Vaccination in Bombay 1856-1862 - 1856-1862
Year: 1856
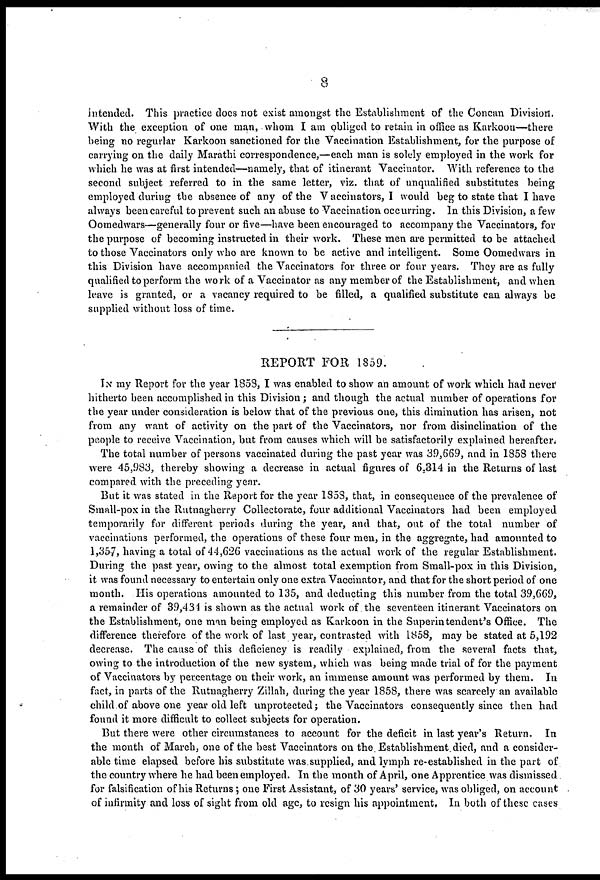
8
intended. This practice does not exist amongst the Establishment of the Concan Division.
With the exception of one man, whom I am obliged to retain in office as Karkoon—there
being no regurlar Karkoon sanctioned for the Vaccination Establishment, for the purpose of
carrying on the daily Marathi correspondence,—each man is solely employed in the work for
which he was at first intended—namely, that of itinerant Vaccinator. With reference to the
second subject referred to in the same letter, viz. that of unqualified substitutes being
employed during the absence of any of the Vaccinators, I would beg to state that I have
always been careful to prevent such an abuse to Vaccination occurring. In this Division, a few
Oomedwars—generally four or five—have been encouraged to accompany the Vaccinators, for
the purpose of becoming instructed in their work. These men are permitted to be attached
to those Vaccinators only who are known to be active and intelligent. Some Oomedwars in
this Division have accompanied the Vaccinators for three or four years. They are as fully
qualified to perform the work of a Vaccinator as any member of the Establishment, and when
leave is granted, or a vacancy required to be filled, a qualified substitute can always be
supplied without loss of time.
REPORT FOR 1859.
IN my Report for the year 1858, I was enabled to show an amount of work which had never
hitherto been accomplished in this Division; and though the actual number of operations for
the year under consideration is below that of the previous one, this diminution has arisen, not
from any want of activity on the part of the Vaccinators, nor from disinclination of the
people to receive Vaccination, but from causes which will be satisfactorily explained hereafter.
The total number of persons vaccinated during the past year was 39,669, and in 1858 there
were 45,983, thereby showing a decrease in actual figures of 6,314 in the Returns of last
compared with the preceding year.
But it was stated in the Report for the year 1858, that, in consequence of the prevalence of
Small-pox in the Rutnagherry Collectorate, four additional Vaccinators had been employed
temporarily for different periods during the year, and that, out of the total number of
vaccinations performed, the operations of these four men, in the aggregate, had amounted to
1,357, having a total of 44,626 vaccinations as the actual work of the regular Establishment.
During the past year, owing to the almost total exemption from Small-pox in this Division,
it was found necessary to entertain only one extra Vaccinator, and that for the short period of one
month. His operations amounted to 135, and deducting this number from the total 39,669,
a remainder of 39,434 is shown as the actual work of the seventeen itinerant Vaccinators on
the Establishment, one man being employed as Karkoon in the Superintendent's Office. The
difference therefore of the work of last year, contrasted with 1858, may be stated at 5,192
decrease. The cause of this deficiency is readily explained, from the several facts that,
owing to the introduction of the new system, which was being made trial of for the payment
of Vaccinators by percentage on their work, an immense amount was performed by them. In
fact, in parts of the Rutnagherry Zillah, during the year 1858, there was scarcely an available
child of above one year old left unprotected; the Vaccinators consequently since then had
found it more difficult to collect subjects for operation.
But there were other circumstances to account for the deficit in last year's Return. In
the month of March, one of the best Vaccinators on the. Establishment, died, and a consider-
able time elapsed before his substitute was supplied, and lymph re-established in the part of
the country where he had been employed. In the month of April, one Apprentice was dismissed
for falsification of his Returns ; one First Assistant, of 30 years' service, was obliged, on account
of infirmity and loss of sight from old age, to resign his appointment. In both of these cases